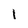
Character: l